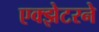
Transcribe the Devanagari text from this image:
एक्झेटरने